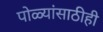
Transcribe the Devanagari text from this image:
पोळ्यांसाठीही